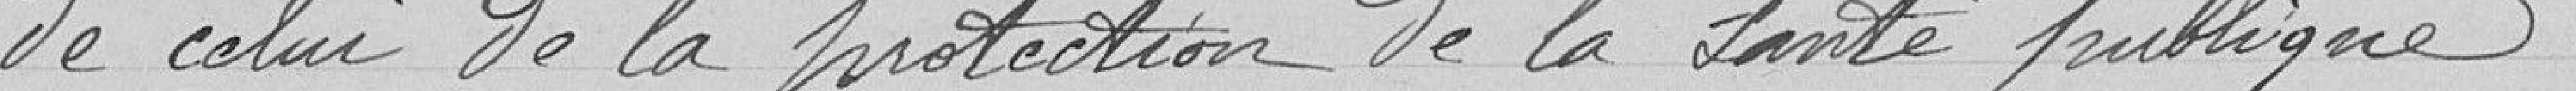
de celui de la protection de la santé publique.